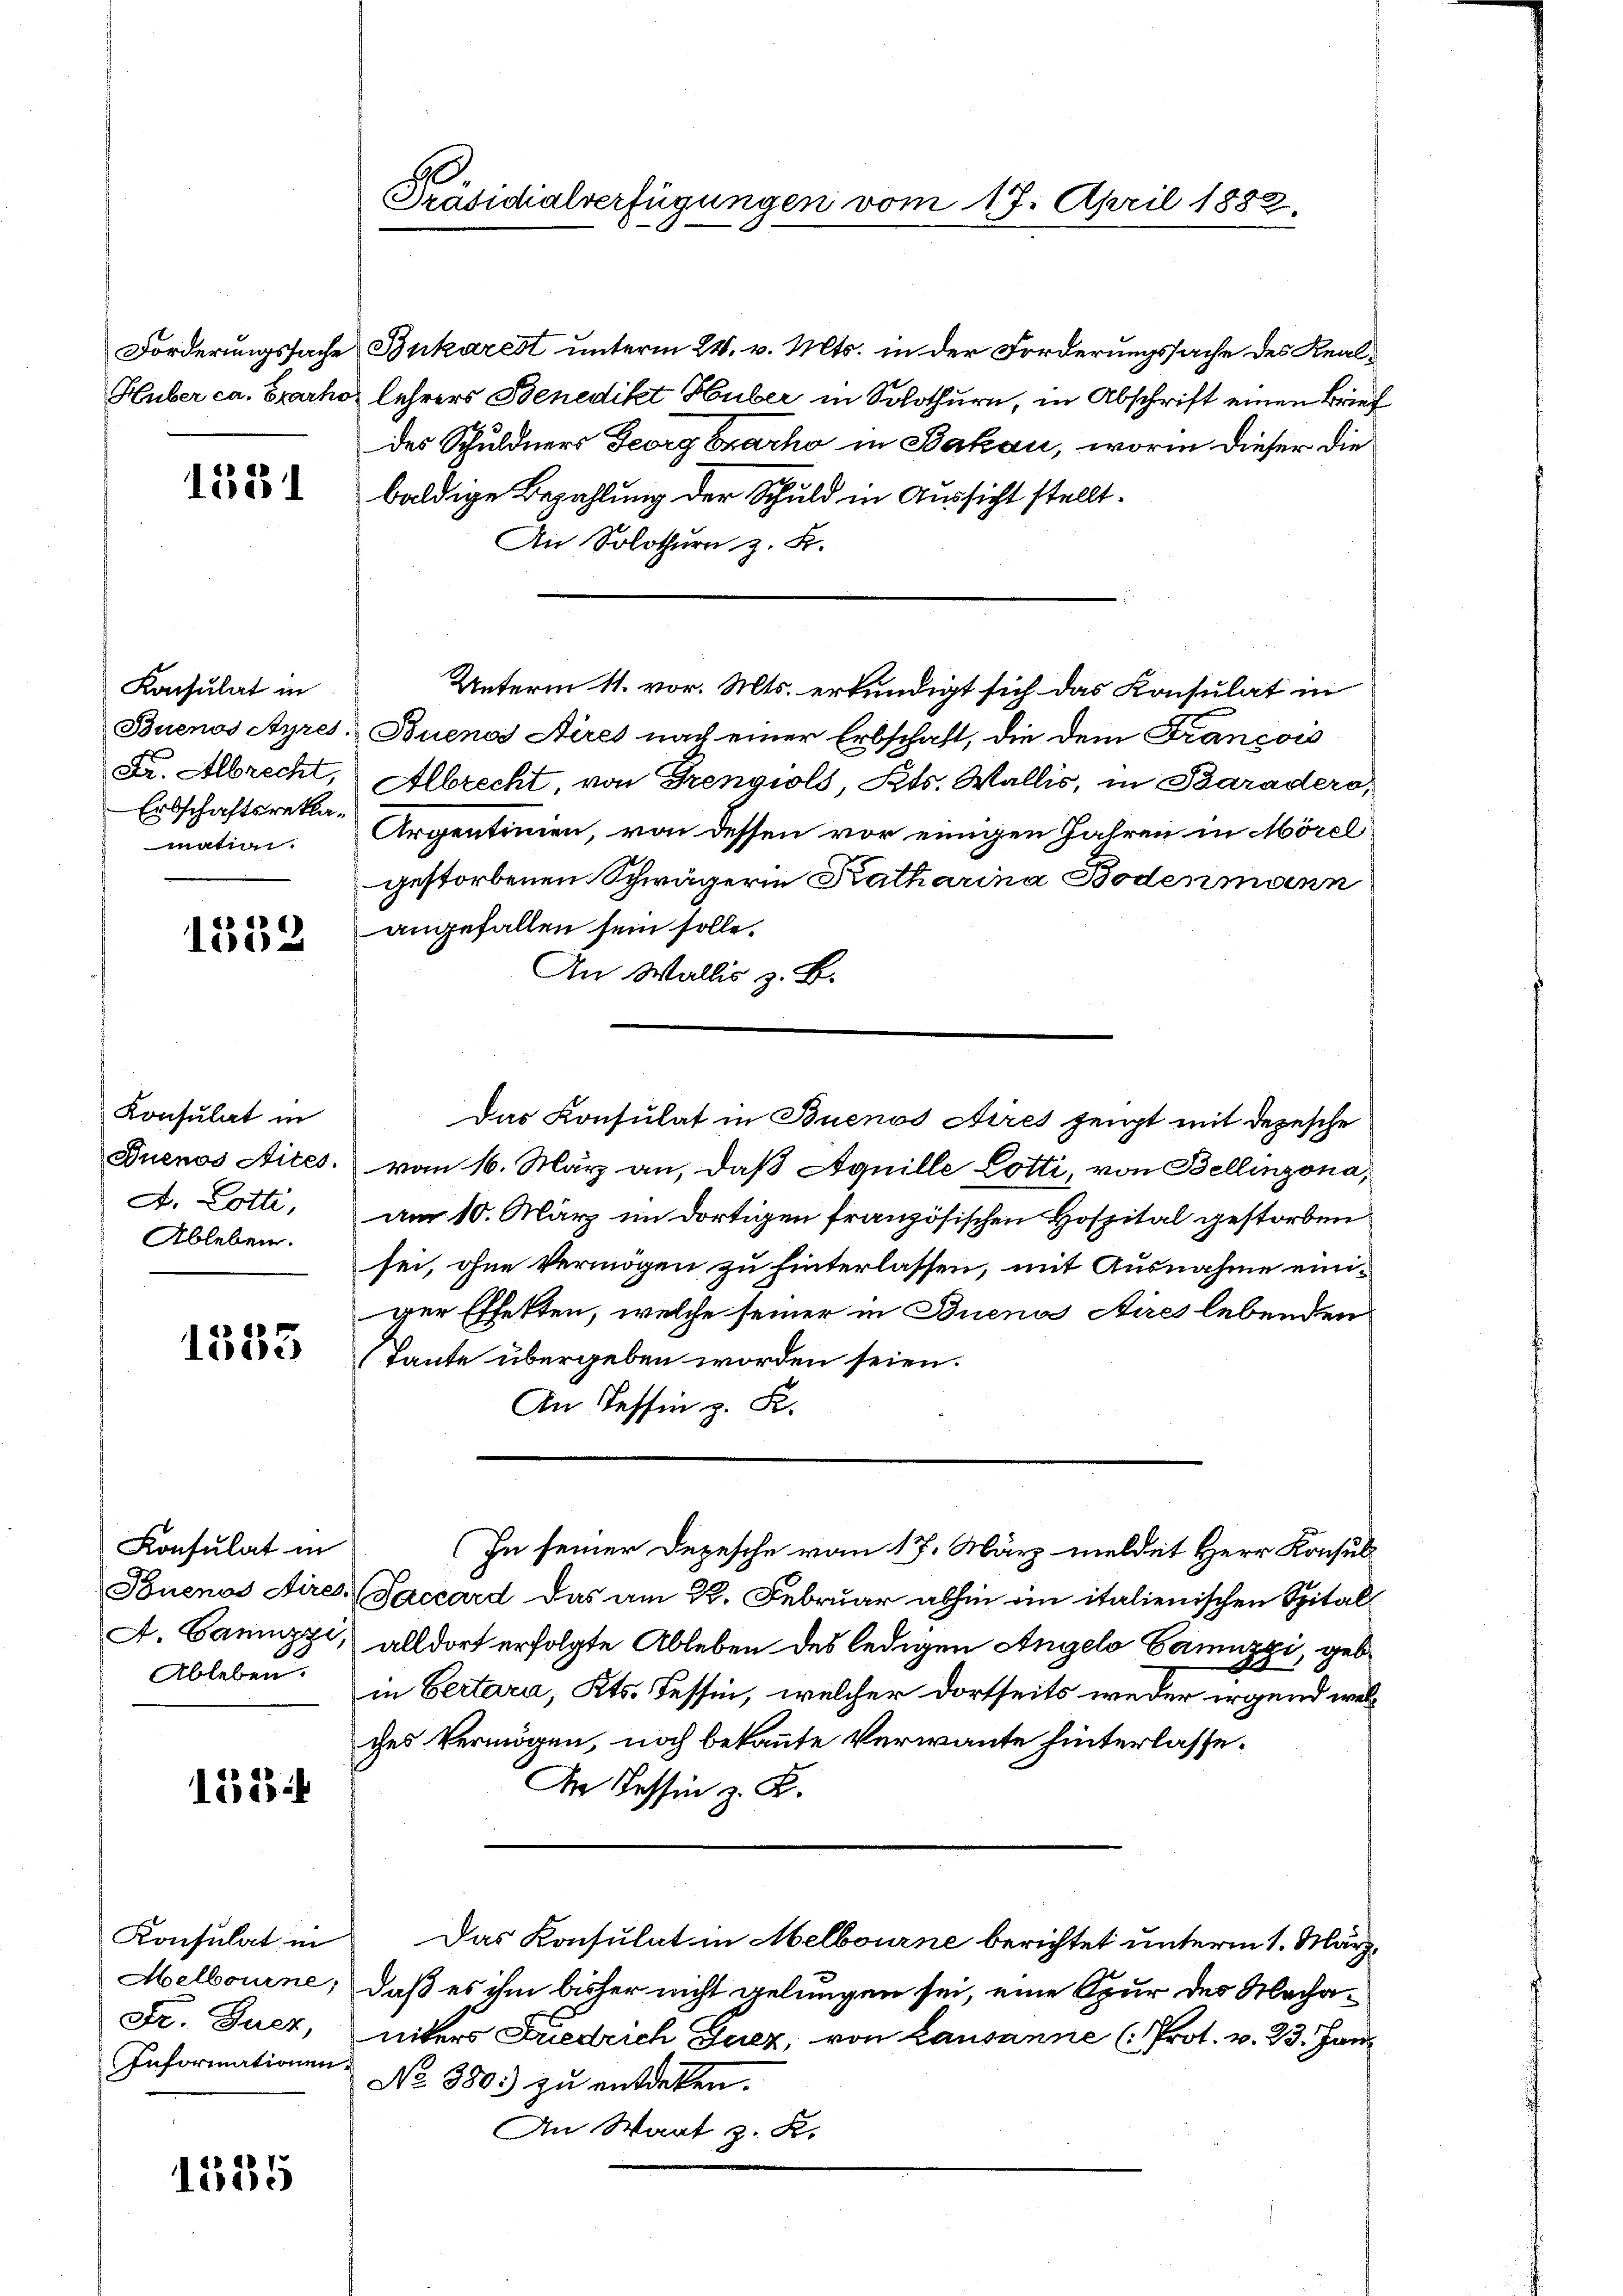
Forderungssache
Huber ca. Grarho

1531

Konsulat in
Buenos Ayres.
Dr. Albrecht,
Erbschaftsreklamation.

1552

Konsulat in
Duenos Aites.
A. Lotti,
Ableben.

1385

Konsulat in
Touenos Aires.
A. Ganzzi,
Ableben.

1223

Konsulat in
Helbourne;
Fr. Zuer,
Informationen.

1535

Präsidialverfügungen vom 17. April 1882

Bukarest unterm 24. v. Mts. in der Forderungssache des Reallehrers Benedikt Huber in Solothurn, in Abschrift einen Brief
des Schuldners Georg Brache in Bakau, worin dieser die
baldige Bezahlung der Schuld in Aussicht stellt.
An Solothurn z. B.
Buenos Aires nach einer Erbschaft, die dem Francois
Albrecht von Trengiols, Kts. Wallis, in Baradero
Argentimen, von dessen vor einigen Jahren in Mörel
gestorbenen Schwägerin Katharina Bodenmann
angefallen sein solle.
An Wallis z. B.
Das Konsulat in Buenos Aires zeigt mit depesche
vom 16. März an, daß Aquille Lotti, von Bellinzona,
am 10. März im dortigen französischen Hospital gestorben
sei, ohne Vermögen zu hinterlassen, mit Ausnahme einiger Effekten, welche seiner in Buenos Aires lebenden
Tante übergeben worden seien.
An Tessin z. B.
(In seiner Depesche vom 17. März meldet Herr Konsul¬
Saccard das am 22. Februar abhin ein italienischen Spitalalldort erfolgte Ableben des ledigen Angelo Gamuzzi, gebin Bertara, Kts. Tessin, welcher dortseits weder irgend welches Vermögen, noch bekannte Verwante hinterlasse¬
An Tessin z. K.
Das Konsulat in Melbourne berichtet unterm 1. März
daß es ihm bisher nicht gelungen sei, eine Spur des Mechanikers Friedrich Guer, von Lausanne (Prot. v. 23. Janz
No 380. zu entdeken.

Unterm 11. vor. Mts. erkundigt sich das Konsulat in